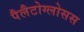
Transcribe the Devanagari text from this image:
पैलैटोग्लोसस